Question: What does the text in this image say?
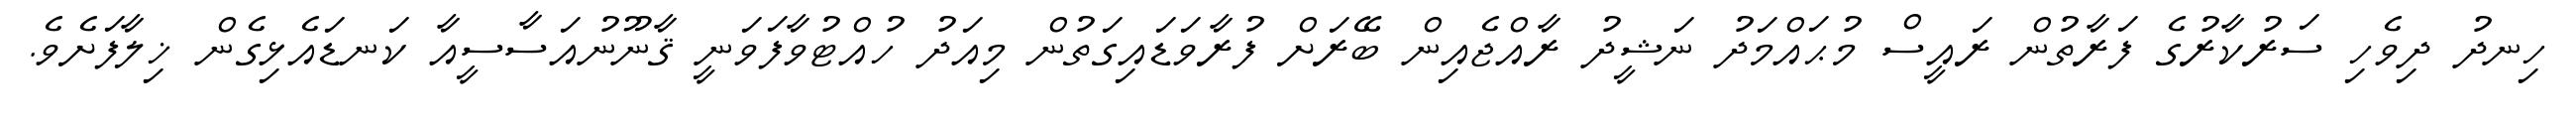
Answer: ހިނދު ދިވެހި ސަރުކާރުގެ ފަރާތުން ރައީސް މުޙައްމަދު ނަޝީދު ރާއްޖެއިން ބޭރަށް ފުރާވަޑައިގަތުން މިއަދު ހުއްޓުވާފަވަނީ ޤާނޫނުއަސާސީއާ ކަނޑައެޅިގެން ޚިލާފަށެވެ.